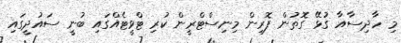
މި ހާދިސާއާ ގުޅޭ ގޮތުން ފޮރިން މިނިސްޓްރީން ކުރި ޓްވީޓެއްގައި ބުނީ ސައުދީގައި